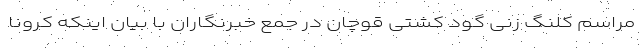
مراسم کلنگ زنی گود کشتی قوچان در جمع خبرنگاران با بیان اینکه کرونا